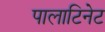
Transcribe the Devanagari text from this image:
पालाटिनेट